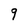
Character: g